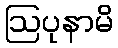
ဩပုနာမိ